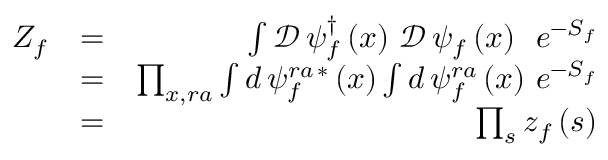
\begin{array} { r l r } { Z _ { f } } & { = } & { \int \mathcal { D } \, \psi _ { f } ^ { \dag } \left( x \right) \, \mathcal { D } \, \psi _ { f } \left( x \right) \, \, \, e ^ { - S _ { f } } } \\ & { = } & { \prod _ { x , r a } \int d \, \psi _ { f } ^ { r a \, \ast } \left( x \right) \int d \, \psi _ { f } ^ { r a } \left( x \right) \, e ^ { - S _ { f } } } \\ & { = } & { \prod _ { s } z _ { f } \left( s \right) } \end{array}